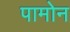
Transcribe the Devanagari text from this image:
पामोन